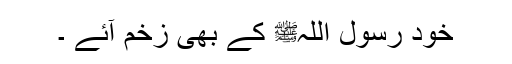
خود رسول اللہﷺ کے بھی زخم آئے ۔